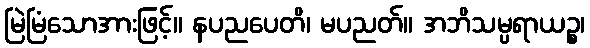
မြဲမြံသောအားဖြင့်။ နပညပေတိ၊ မပညတ်။ အဘိသမ္ပရာယဉ္စ၊